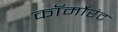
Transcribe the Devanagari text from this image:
कॉर्मोरंट